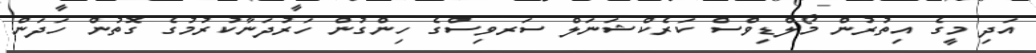
އަދި މީގެ އިތުރުން މޯލްޑިވްސް ކަރެކްޝަނަލް ސަރވިސްގެ ހިންގުން ހަރުދަނާކުރުމުގެ ގޮތުން ހަދަން